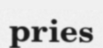
pries